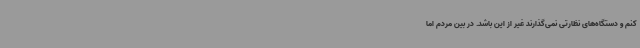
کنم و دستگاه‌های نظارتی نمی‌گذارند غیر از این باشد. در بین مردم اما